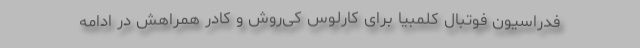
فدراسیون فوتبال کلمبیا برای کارلوس کی‌روش و کادر همراهش در ادامه